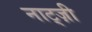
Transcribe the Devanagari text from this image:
नाट्ज़ी